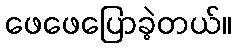
ဖေဖေပြောခဲ့တယ်။